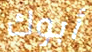
أبوك